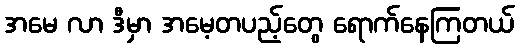
အမေ လာ ဒီမှာ အမေ့တပည့်တွေ ရောက်နေကြတယ်